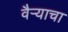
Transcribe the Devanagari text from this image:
वैऱ्याचा